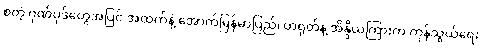
စတဲ့ ဂုဏ်ပုဒ်တွေအပြင် အထက်နဲ့ အောက်မြန်မာပြည်၊ တရုတ်နဲ့ အိန္ဒိယကြားက ကုန်သွယ်ရေး